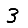
Digit: 3